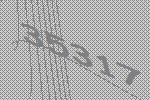
35317